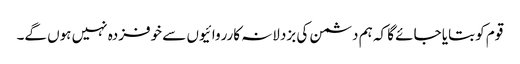
قوم کو بتایا جائے گا کہ ہم دشمن کی بزدلانہ کارروائیوں سے خوفزدہ نہیں ہوں گے۔